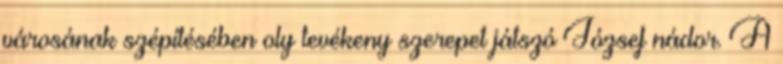
városának szépítésében oly tevékeny szerepet játszó József nádor. A